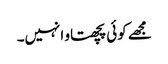
مجھے کوئی پچھتاو انہیں۔